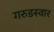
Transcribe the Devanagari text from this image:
गरुडस्वार